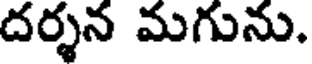
దర్శన మగును,